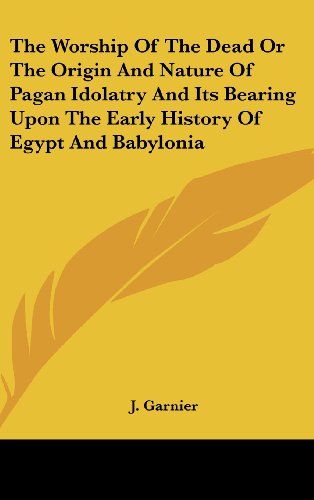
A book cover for The Worship Of The Dead Or The Origin And Nature Of Pagan Idolatry And Its Bearing Upon The Early History Of Egypt And Babylonia; J. Garnier; Religion & Spirituality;